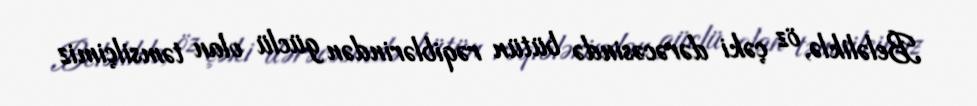
Beləliklə, öz çəki dərəcəsində bütün rəqiblərindən güclü olan təmsilçimiz